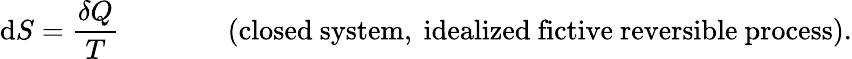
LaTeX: \mathrm{d}S={\frac{\delta Q}{T}}\, \, \, \, \, \, \, \, \, \, \, \, \, \, \, \, \, \, \, \, \, \, \, {\mathrm{(closed~system,~idealized~fictive~reversible~process)}}.